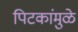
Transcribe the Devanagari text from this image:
पिटकांमुळे